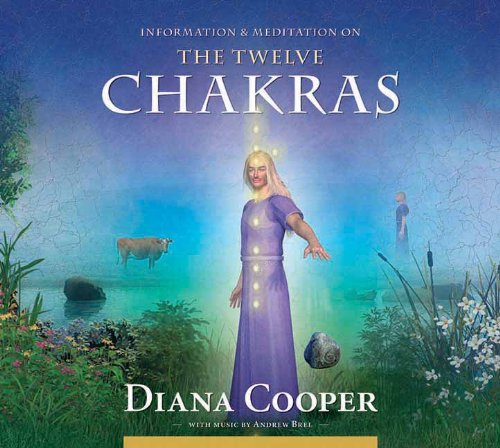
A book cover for The Twelve Chakras (Information & Meditation); Religion & Spirituality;